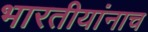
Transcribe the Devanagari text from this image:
भारतीयांनाच